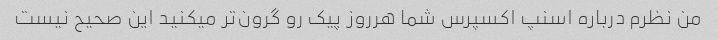
من نظرم درباره اسنپ اکسپرس شما هرروز پیک رو گرون‌تر میکنید این صحیح نیست